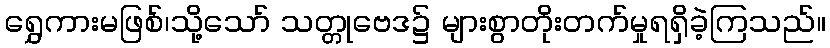
ရွှေကားမဖြစ်၊သို့သော် သတ္တုဗေဒ၌ များစွာတိုးတက်မှုရရှိခဲ့ကြသည်။